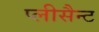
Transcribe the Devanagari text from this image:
प्लीसैन्ट